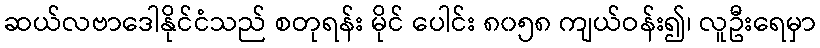
ဆယ်လဗာဒေါနိုင်ငံသည် စတုရန်း မိုင် ပေါင်း ၈၀၅၈ ကျယ်ဝန်း၍၊ လူဦးရေမှာ